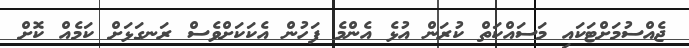
ޖެއްސުމަށްޓަކައި މަސައްކަތް ކުރަން އުޅެ އެންމެ ފަހުން އެކަކަށްވެސް ރަނގަޅަށް ކަމެއް ކޮށް